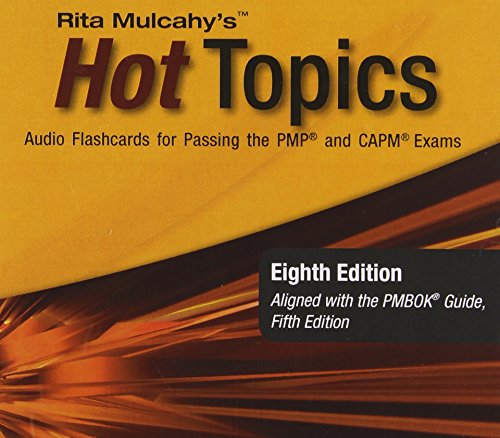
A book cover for Hot Topics: Audio Flashcards for Passing the Pmp and Capm Exams; Rita Mulcahy; Test Preparation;